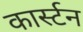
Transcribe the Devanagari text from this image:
कार्स्टन